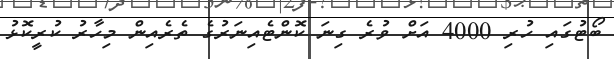
ބޯޓުގައި ހުރި 4000 އަށް ވުރެ ގިނަ ކޮންޓެއިނަރުގެ ތެރެއިން މިހާރު ކުރީކޮޅު